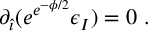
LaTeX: \partial _ { \hat { \imath } } ( e ^ { e ^ { - \phi / 2 } } \epsilon _ { I } ) = 0 \ .